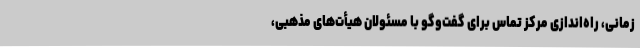
زمانی، راه‌اندازی مرکز تماس برای گفت‌وگو با مسئولان هیأت‌های مذهبی،